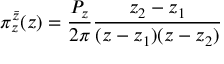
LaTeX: \pi _ { z } ^ { \bar { z } } ( z ) = \frac { P _ { z } } { 2 \pi } \frac { z _ { 2 } - z _ { 1 } } { ( z - z _ { 1 } ) ( z - z _ { 2 } ) }